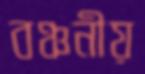
বঞ্চনীয়